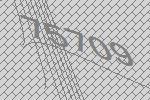
75709